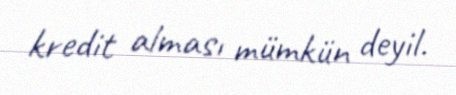
kredit alması mümkün deyil.